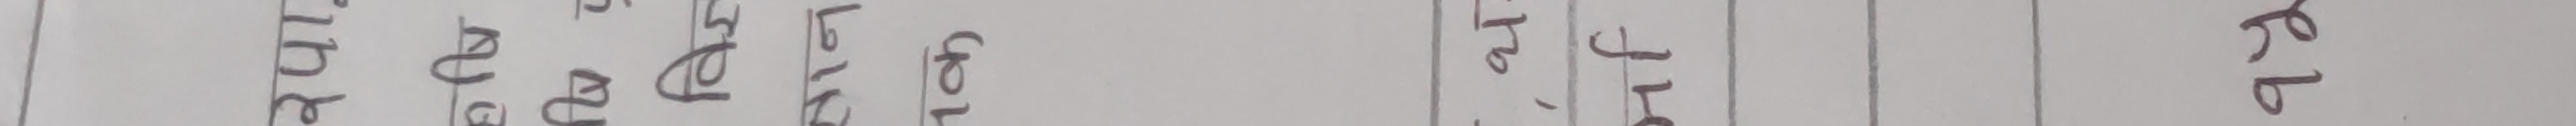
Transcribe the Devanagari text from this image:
पुत्रख धलीभ खपके ठनेभ पलसि पीठ पर्ब